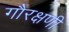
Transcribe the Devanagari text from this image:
गौरक्षणी